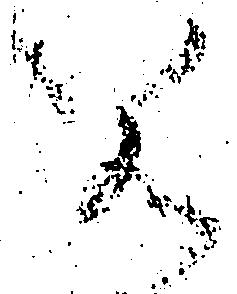
若